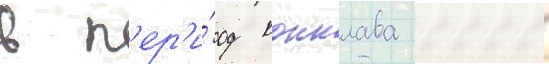
в п'ер'и́од конклава 2005